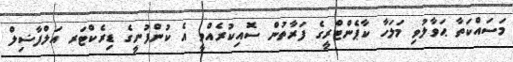
މަސައްކަތާ ޙަވާލުވި މަލަހާ ކާޕެންޓްރީގެ ފަރާތުން ސޮއިކުރެއްވީ އެ ކުންފުނީގެ ޑިރެކްޓަރ އަލްފާޟިލް